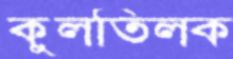
কুলতিলক